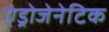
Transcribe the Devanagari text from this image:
एंड्रोजेनेटिक